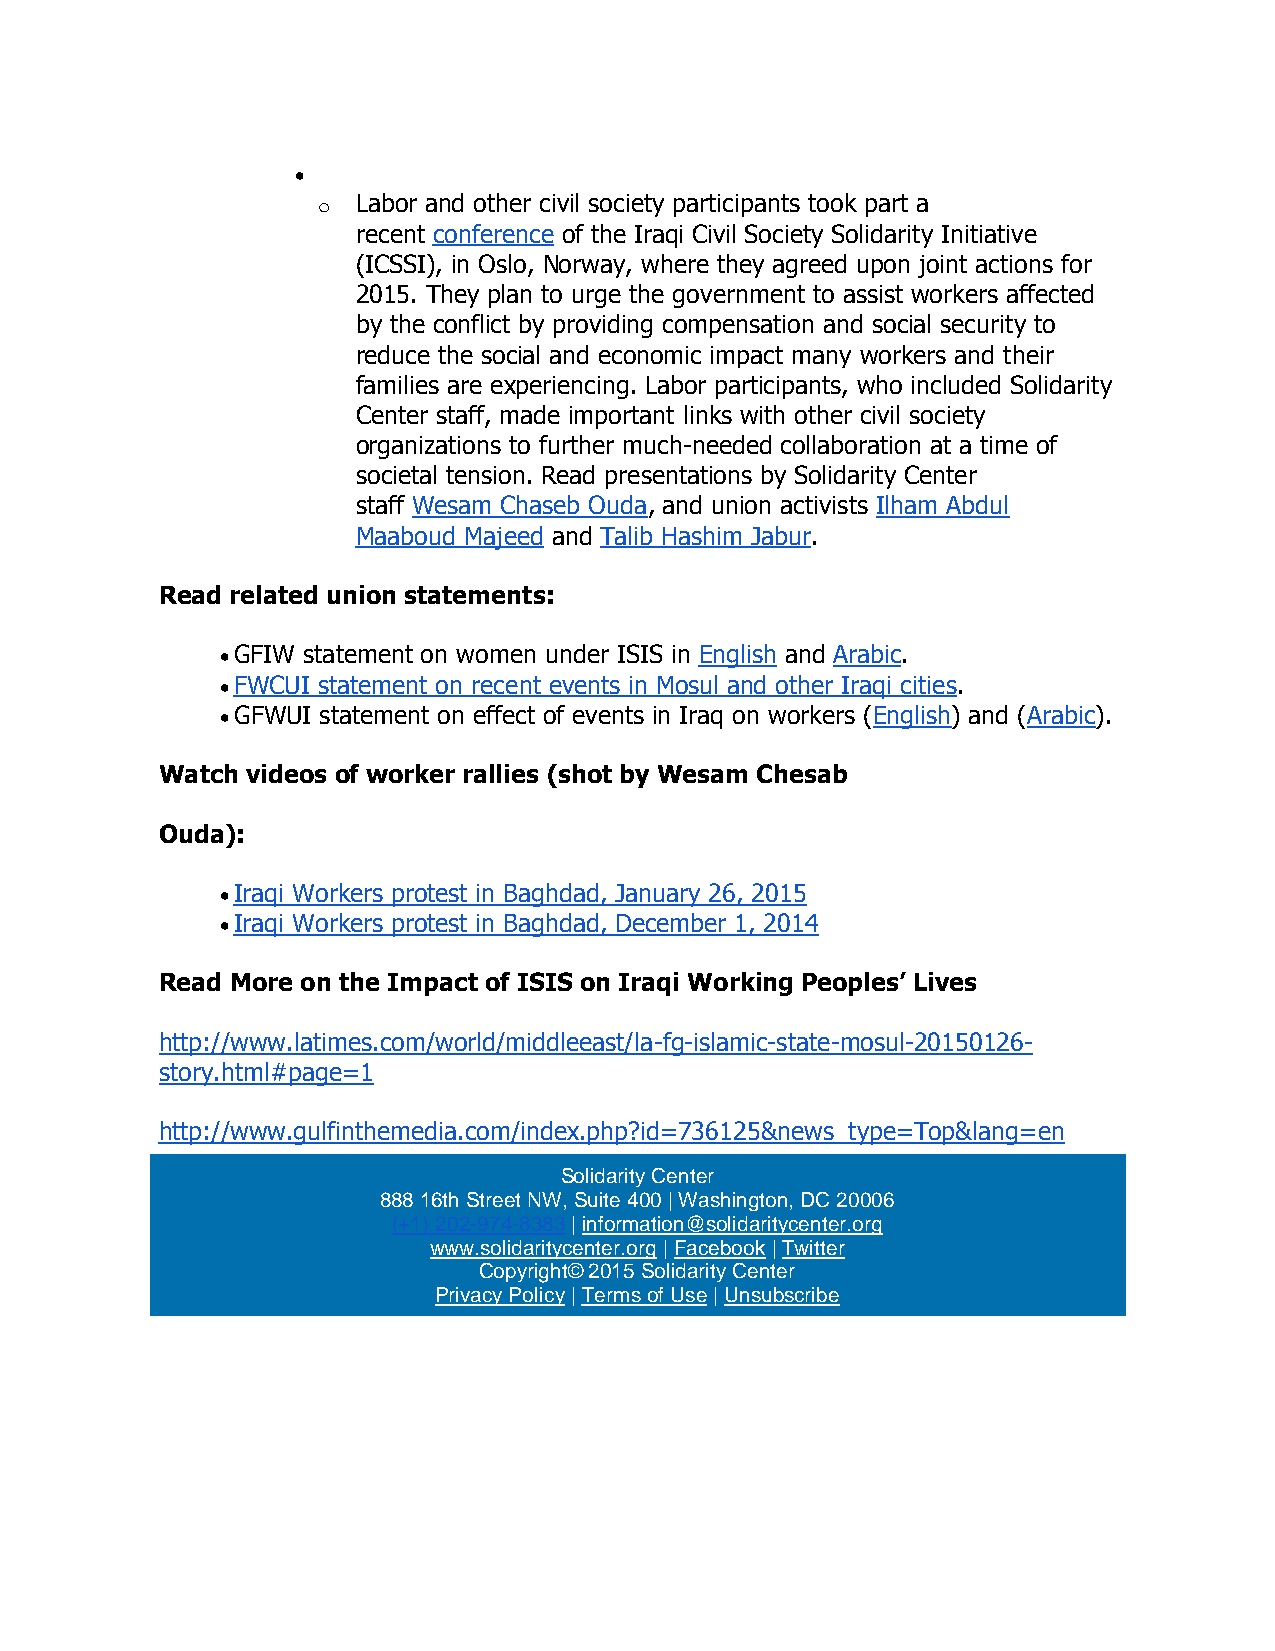

 o  Labor and other civil society participants took part a
 recent conference of the Iraqi Civil Society Solidarity Initiative
 (ICSSI), in Oslo, Norway, where they agreed upon joint actions for
 2015. They plan to urge the government to assist workers affected
 by the conflict by providing compensation and social security to
 reduce the social and economic impact many workers and their
 families are experiencing. Labor participants, who included Solidarity
 Center staff, made important links with other civil society
 organizations to further much-needed collaboration at a time of
 societal tension. Read presentations by Solidarity Center
 staff Wesam Chaseb Ouda, and union activists Ilham Abdul
 Maaboud Majeed and Talib Hashim Jabur.
 Read related union statements:
  GFIW statement on women under ISIS in English and Arabic.
  FWCUI statement on recent events in Mosul and other Iraqi cities.
  GFWUI statement on effect of events in Iraq on workers (English) and (Arabic).
 Watch videos of worker rallies (shot by Wesam Chesab
 Ouda):
  Iraqi Workers protest in Baghdad, January 26, 2015
  Iraqi Workers protest in Baghdad, December 1, 2014
 Read More on the Impact of ISIS on Iraqi Working Peoples’ Lives
 http://www.latimes.com/world/middleeast/la-fg-islamic-state-mosul-20150126-
 story.html#page=1
 http://www.gulfinthemedia.com/index.php?id=736125&news_type=Top&lang=en
 Solidarity Center
 888 16th Street NW, Suite 400 | Washington, DC 20006
 (+1) 202-974-8383 | information@solidaritycenter.org
 www.solidaritycenter.org | Facebook | Twitter
 Copyright© 2015 Solidarity Center
 Privacy Policy | Terms of Use | Unsubscribe